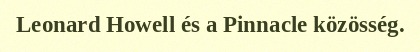
Leonard Howell és a Pinnacle közösség.